Sanitation, dispensaries and jails vaccination Rajputana 1922-1927 - 1922-1927
Year: 1922
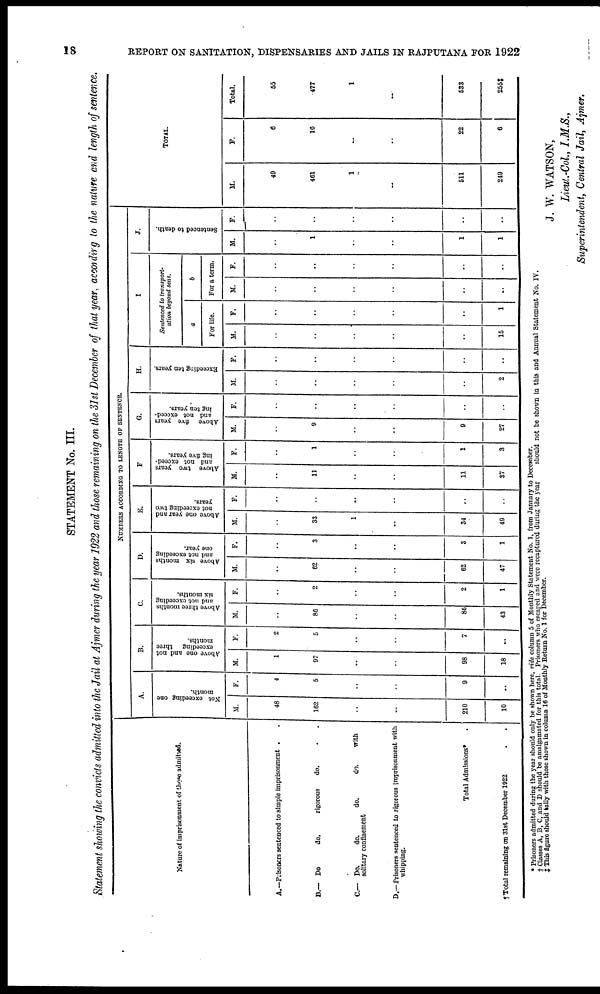
18
REPORT ON SANITATION, DISPENSARIES AND JAILS IN RAJPUTANA FOR 1922
STATEMENT No. III.
Statement showing the convicts admitted into the Jail at Ajmer during the year 1922 and those remaining on the 31st December of that year, according to the nature and length of sentence.
Nature of imprisonment of those admitted.
A.—Prisoners sentenced to simple imprisonment . .
B.— Do
do.
rigorous
do. . .
C.— Do.
do.
do.
do.
with
solitary confinement
D.—Prisoners sentenced to rigorous imprisonment with
whipping.
Total Admissions* .
† Total remaining on 31st December 1922 . .
NUMBERS ACCORDING TO LENGTH OF SENTENCE.
A.
Not exceeding one
month.
M.
48
162
..
..
210
10
F.
4
5
..
..
9
..
B.
Above one and not
exceeding three
months.
M.
1
97
..
..
98
18
F.
2
5
..
..
7
..
C.
Above three months
and not exceeding
six months.
M.
..
86
..
..
86
43
F.
..
2
..
..
2
1
D.
Above six months
and not exceeding
one year.
M.
..
62
..
..
62
47
F.
..
3
..
..
3
1
E.
Above one year and
not exceeding two
years.
M.
..
33
1
..
34
49
F.
..
..
..
..
..
..
F.
Above two years
and not exceed-
ing five years.
M.
..
11
..
..
11
37
F.
..
1
..
..
1
3
G.
Above five years
and not exceed-
ing ten years.
M.
..
9
..
..
9
27
F.
..
..
..
..
..
..
H.
Exceeding ten years.
M.
..
..
..
..
..
2
F.
..
..
..
..
..
..
I
Sentenced to transport-
ation beyond seas.
a
For life.
M.
..
..
..
..
..
15
F.
..
..
..
..
..
1
b
For a term.
M.
..
..
..
..
..
..
F.
..
..
..
..
..
..
J.
Sentenced to death.
M.
..
1
..
..
1
1
F.
..
..
..
..
..
..
TOTAL.
M.
49
461
1
..
511
249
F.
6
16
..
..
22
6
Total.
55
477
1
..
533
255‡
* Prisoners admitted during the year should only be shown here, vide column 5 of Monthly Statement No. 1, from January to December.
† Classes A, B, C, and D should be amalgamated for this total. Prisoners who escaped and were recaptured during the year
should not be shown in this and Annual Statement No. IV.
‡ This figure should tally with those shown in column 16 of Monthly Return No. 1 for December.
J. W. WATSON,
Lieut.-Col., I.M.S.,
Superintendent, Central Jail, Ajmer.